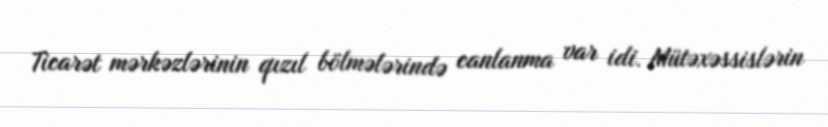
Ticarət mərkəzlərinin qızıl bölmələrində canlanma var idi. Mütəxəssislərin